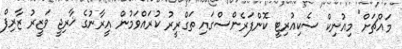
މައްޗަށް" މިއުނިކް ސެކިއުރިޓީ ކޮންފަރެންސްގައި ތަގްރީރު ކުރައްވަމުން އީރާނުގެ ޚާރިޖީ ވަޒީރު ޒާރިފް